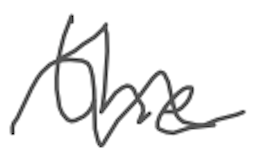
Text: the
Cross-out: wave
Writing tool: digital_gray